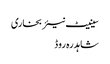
سینیٹ نیئر بخاری
شاہدرہ روڈ